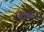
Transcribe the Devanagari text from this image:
युरोझोन